Bréfritari: Sigríður Pálsdóttir
Viðtakandi: Páll Pálsson
Dagsetning: A-1862-07-20
Skrifað á: Breiðabólsstað  Rang.
Páll var bróðir Sigríðar

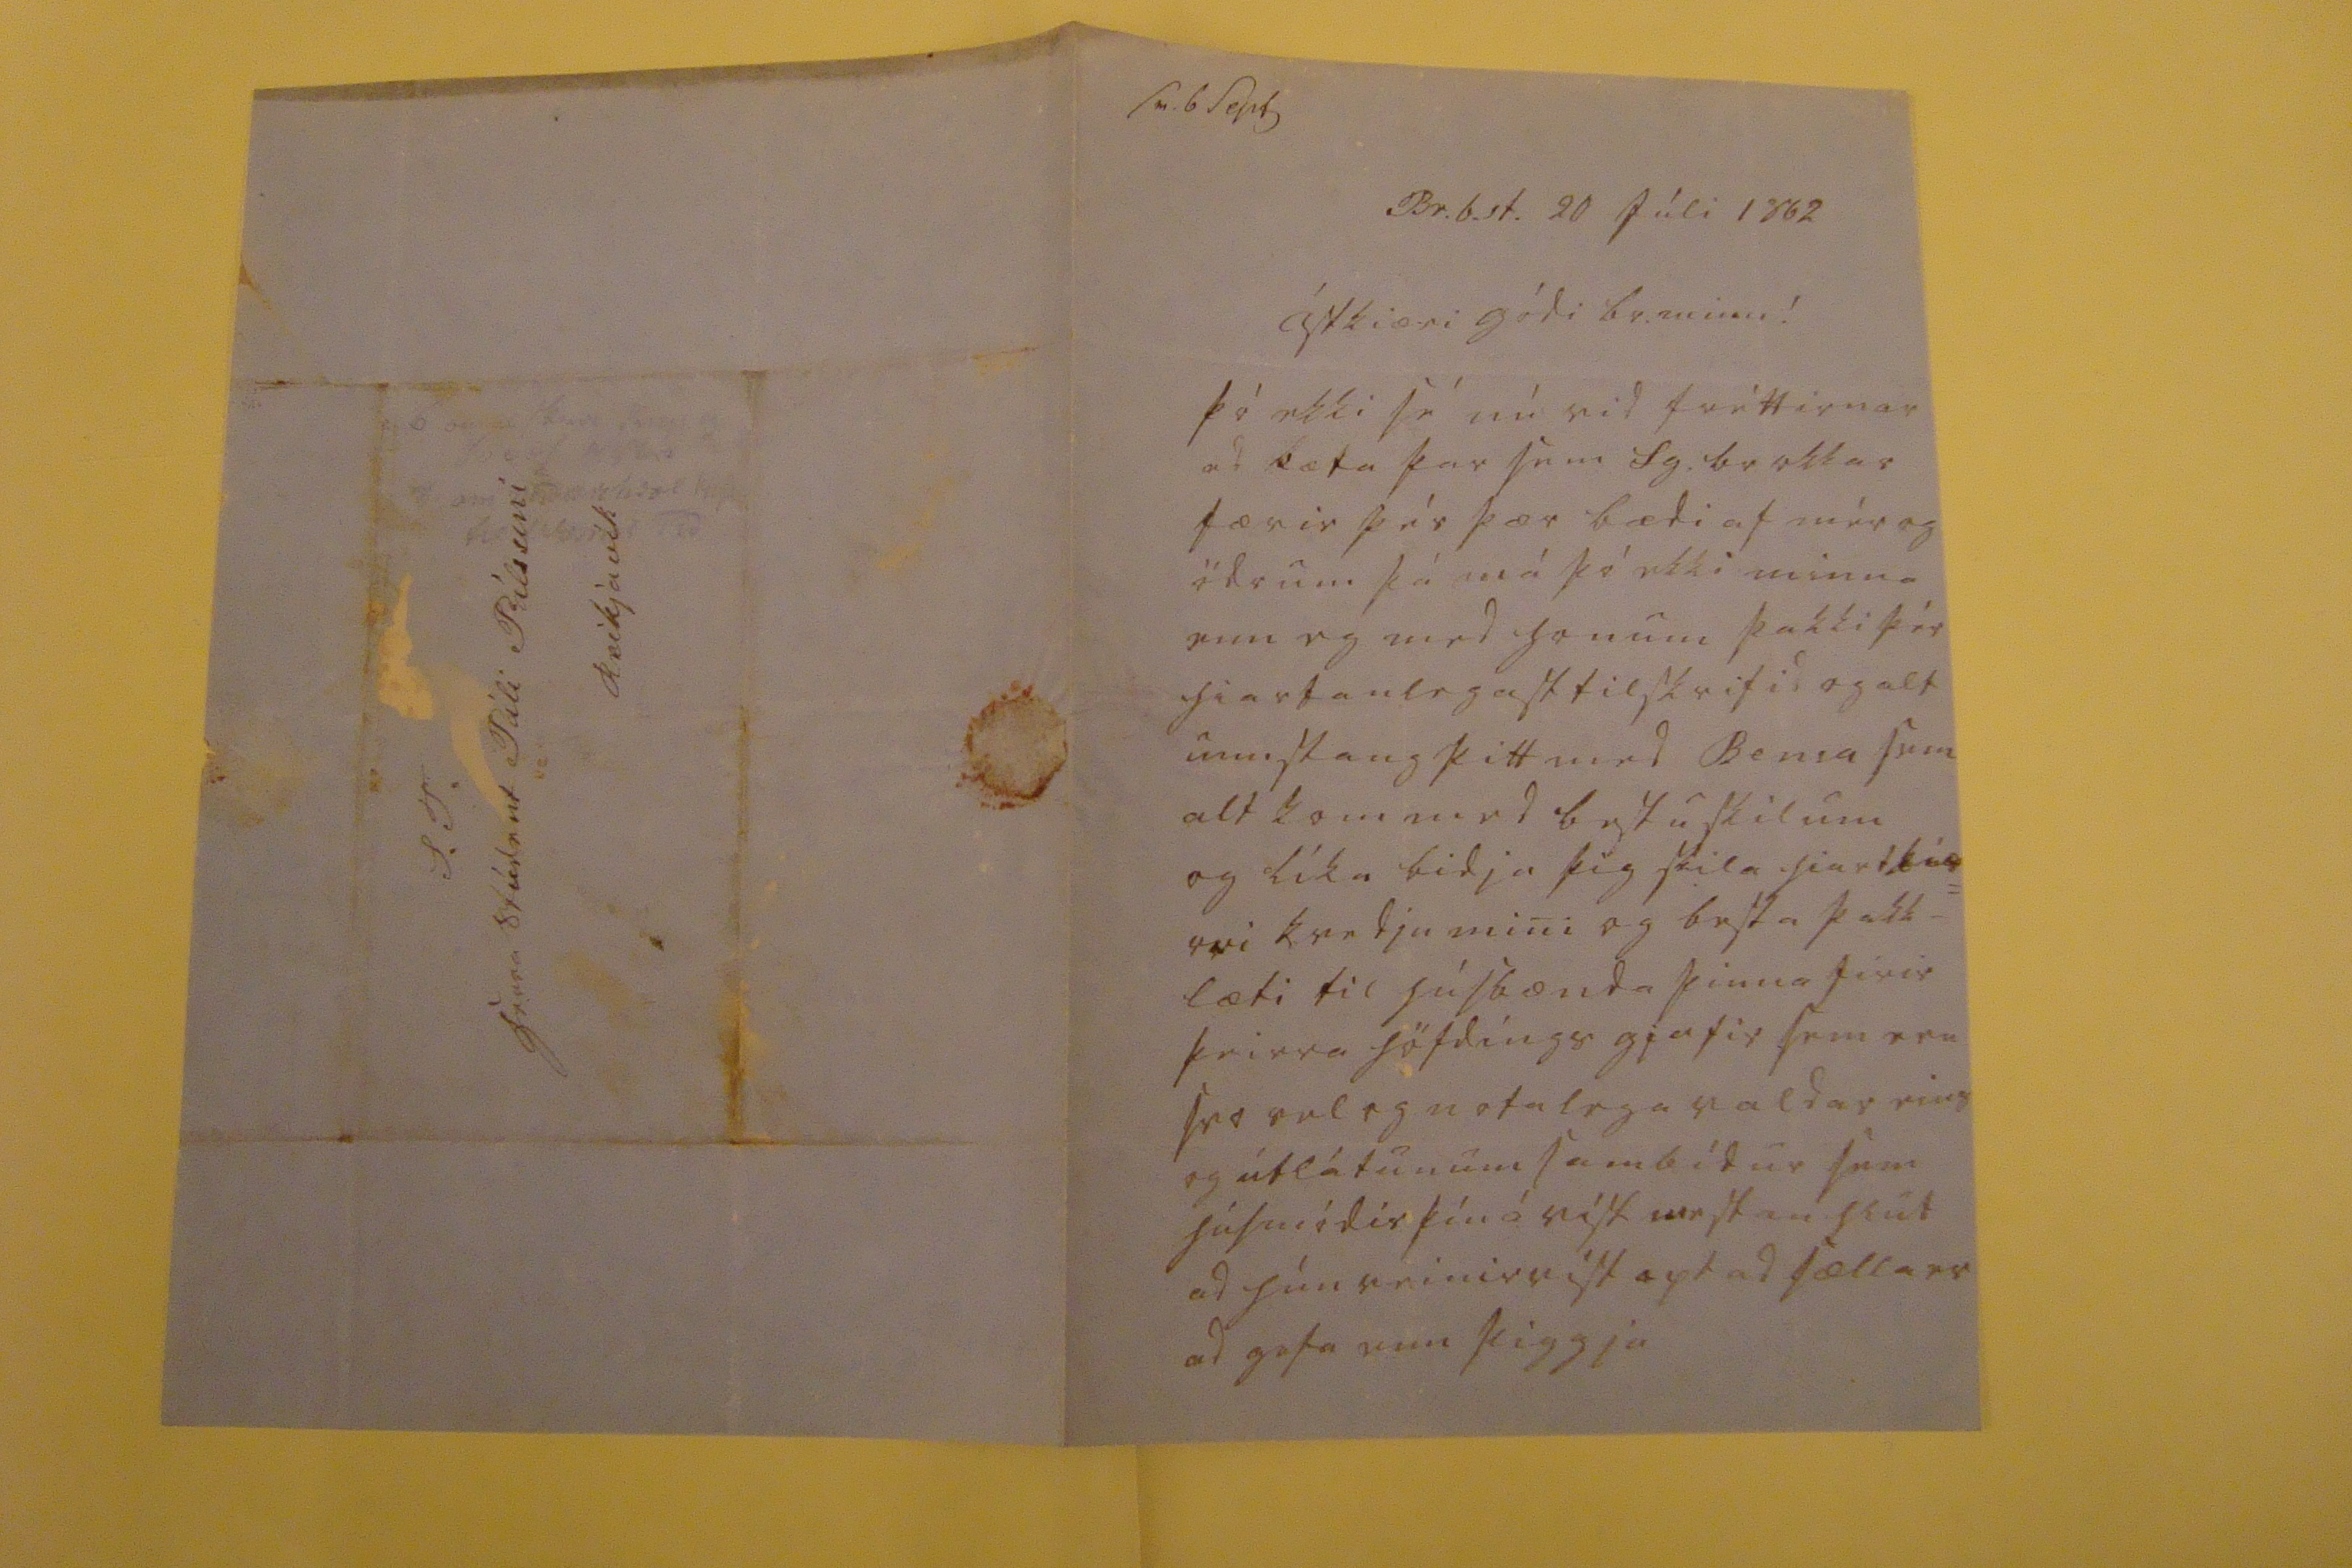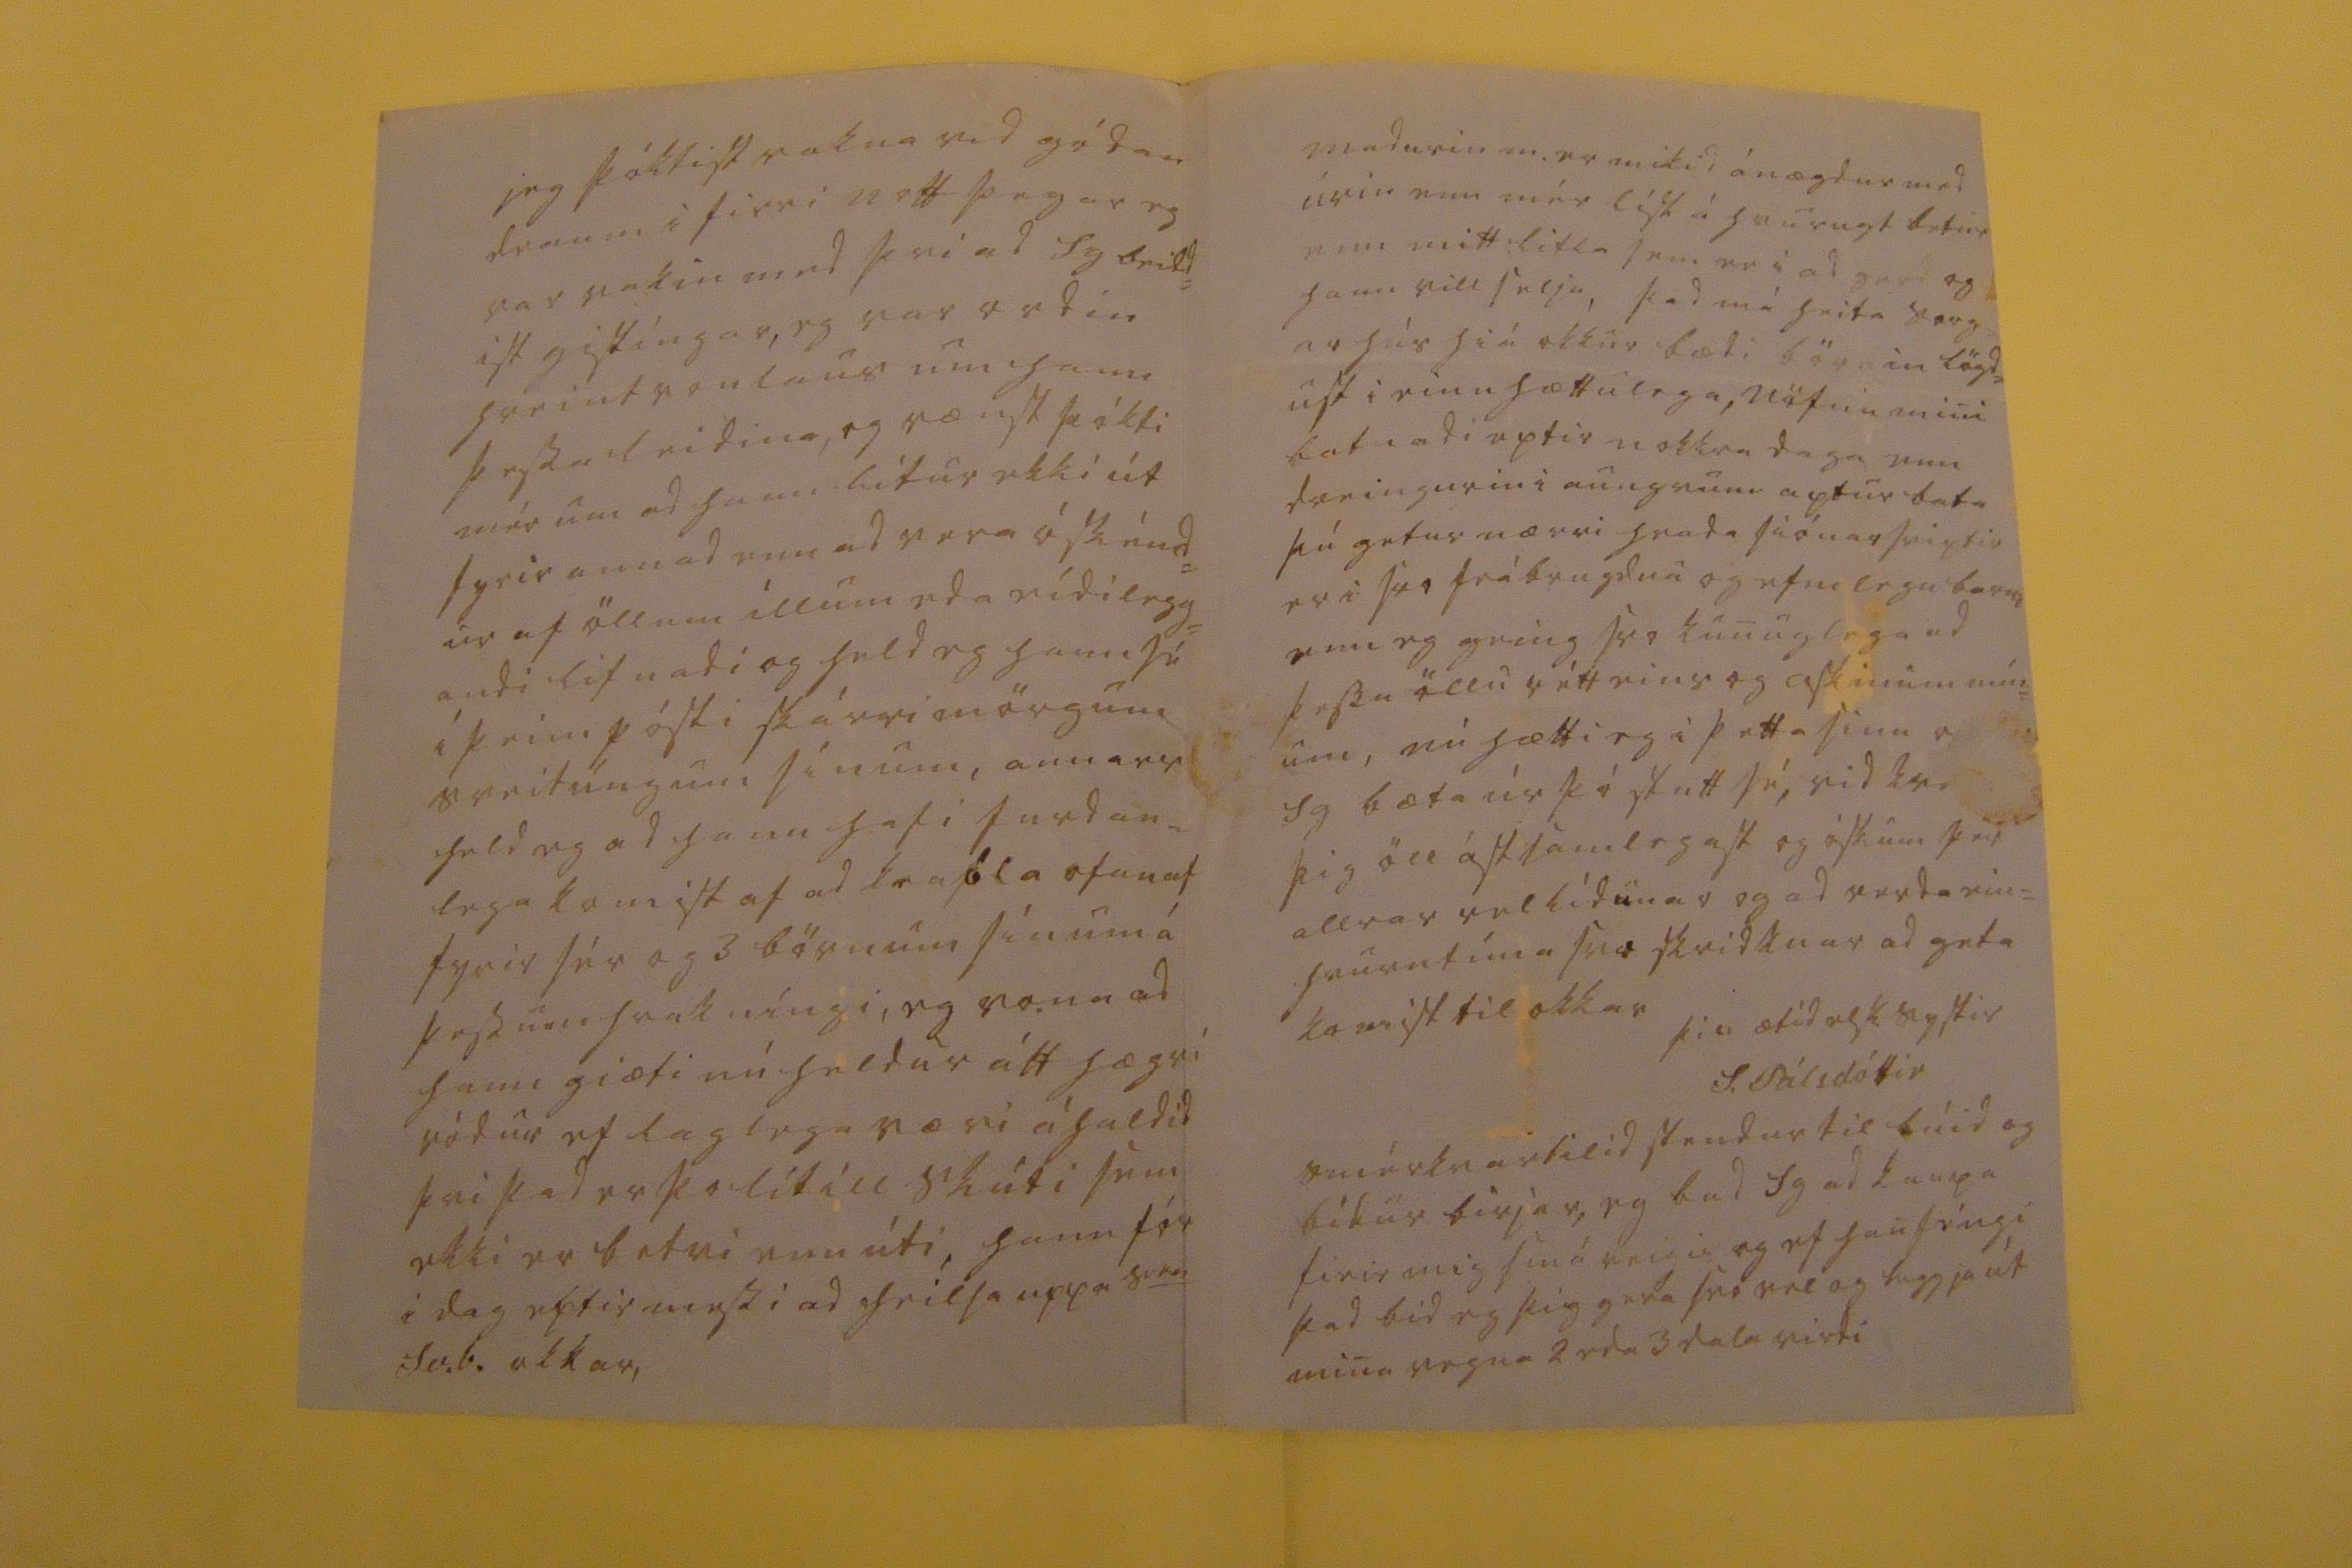

sv. 6 sept
Br.b.st. 20 Júli 1862
Ástkiæri gódi br. minn!
þó ekki sé nú vid fréttirnar ad bæta þar sem Sg. br okkar færir þér þær bædi af mér og ödrum þá má þó ekki minna enn eg med honum þakki þér hiartanlegast tilskrifid og alt umstang þitt med Ben
s
a sem alt kom med bestu skilum og líka bidja þig skila hiartkiæ= rri kvedju mini og besta þakk= læti til húsbænda þinna firir þeirra höfdings gjafir sem eru svo vel og notalega valdar eins og útlátunum sambídur sem húsmódir þín á víst mestan hlut ad hún reinir víst opt ad sælla er ad gefa enn þiggja
ieg þóktist vakna vid gódan draum i firri nótt þegar eg var vakin med þvi ad Sg beidd= ist giftíngar, eg var ordin hreint vonlaus um ha
nn
þessa leidina, og vænst þókti mér um ad hann lítur ekki út fyrir annad enn ad vera óskénd= ur af öllum illum eda eidilegg= andi lifnadi og held eg hann sé í þeim pósti skárri mörgum sveitúngum sínum, annars held eg ad hann hafi ferdan= lega komist af ad kra
bla
ofan af fyrir sér og 3 börnum sínum á þessum hrakníngi, eg vona ad hann giæti nú heldur átt hægri ródur ef laglega væri áhaldid þvi þad er þo lítill skúti sem ekki er betri enn úti, hann fór i dag eptir messi ad heilsa uppa s
00
Sv.b. okkar,
madurin m. er mikid ánægdur med úrin enn mér líst á hvurugt betur enn mitt litla sem er i ad gerd og hann vill selja, þad má heita sorg= ar hús hiá okkur bædi börnin lögd= ust i einu hættulega, nöfnu mini batnadi eptir nokkra daga enn dreingurin i aungvum aptur bata þú getur nærri hvada siónarsviptir er i svo frábrugdnu og efnilegu barni enn eg geing svo kunuglega ad þessu öllu rétt eins og askinum mín= um, nú hætti eg i þetta sinn
000
Sg bæta úr þó stutt sé, vid kve
0000
þig öll ástsamlegast og óskum þér allrar vellídunar og ad verda ein= hvurntíma svo skridknar ad geta komist til okkar
þín ætid elsk systir
S. Pálsdóttir
smérkvartilid stendur til búid og bídur birjar, eg bad Sg ad kaupa firir mig smá veigis og ef han féngi þad bid eg þig ad gera svo vel og leggja út min vegna 2 eda 3 dala virdi
S. T. herra stúdent Páli Pálssini Reikjavík